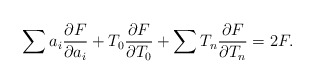
\begin{align*}\sum a_i \frac{\partial F}{\partial a_i}+T_0\frac{\partial F}{\partial T_0}+\sum T_n\frac{\partial F}{\partial T_n}=2 F.\end{align*}